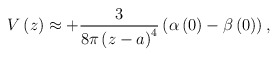
\begin{align*}V\left( z\right) \approx +\frac{3}{8\pi \left( z-a\right) ^{4}}\left( \alpha\left( 0\right) -\beta \left( 0\right) \right) ,\end{align*}